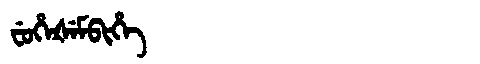
Manchu: ᠸᡠᡥᡝᡧᡝᠮᠪᡳᡥᡝ
Romanization: FUHEŠEMBIHE